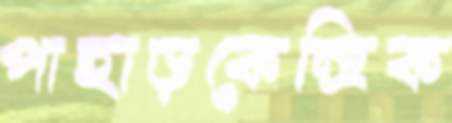
পাহাড়কেন্দ্রিক